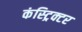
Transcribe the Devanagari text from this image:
कंस्ट्रिक्टर